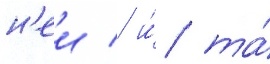
н'еи / и́ та́